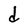
Character: d